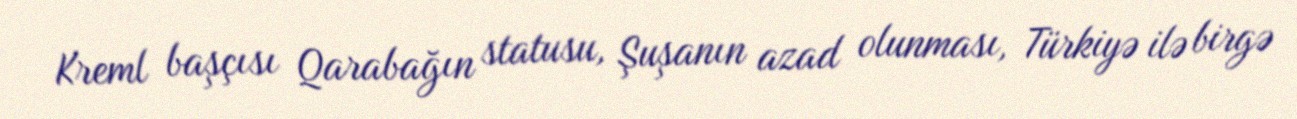
Kreml başçısı Qarabağın statusu, Şuşanın azad olunması, Türkiyə ilə birgə